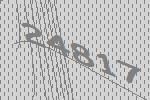
24817